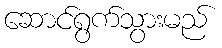
ဆောင်ရွက်သွားမည်